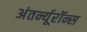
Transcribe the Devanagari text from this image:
अंतर्न्यूरॉन्स